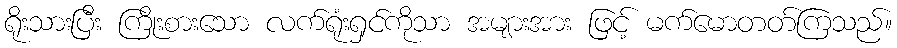
ရိုးသားပြီး ကြိုးစားသော လက်ရုံးရှင်ကိုသာ အများအား ဖြင့် မက်မောတတ်ကြသည်။